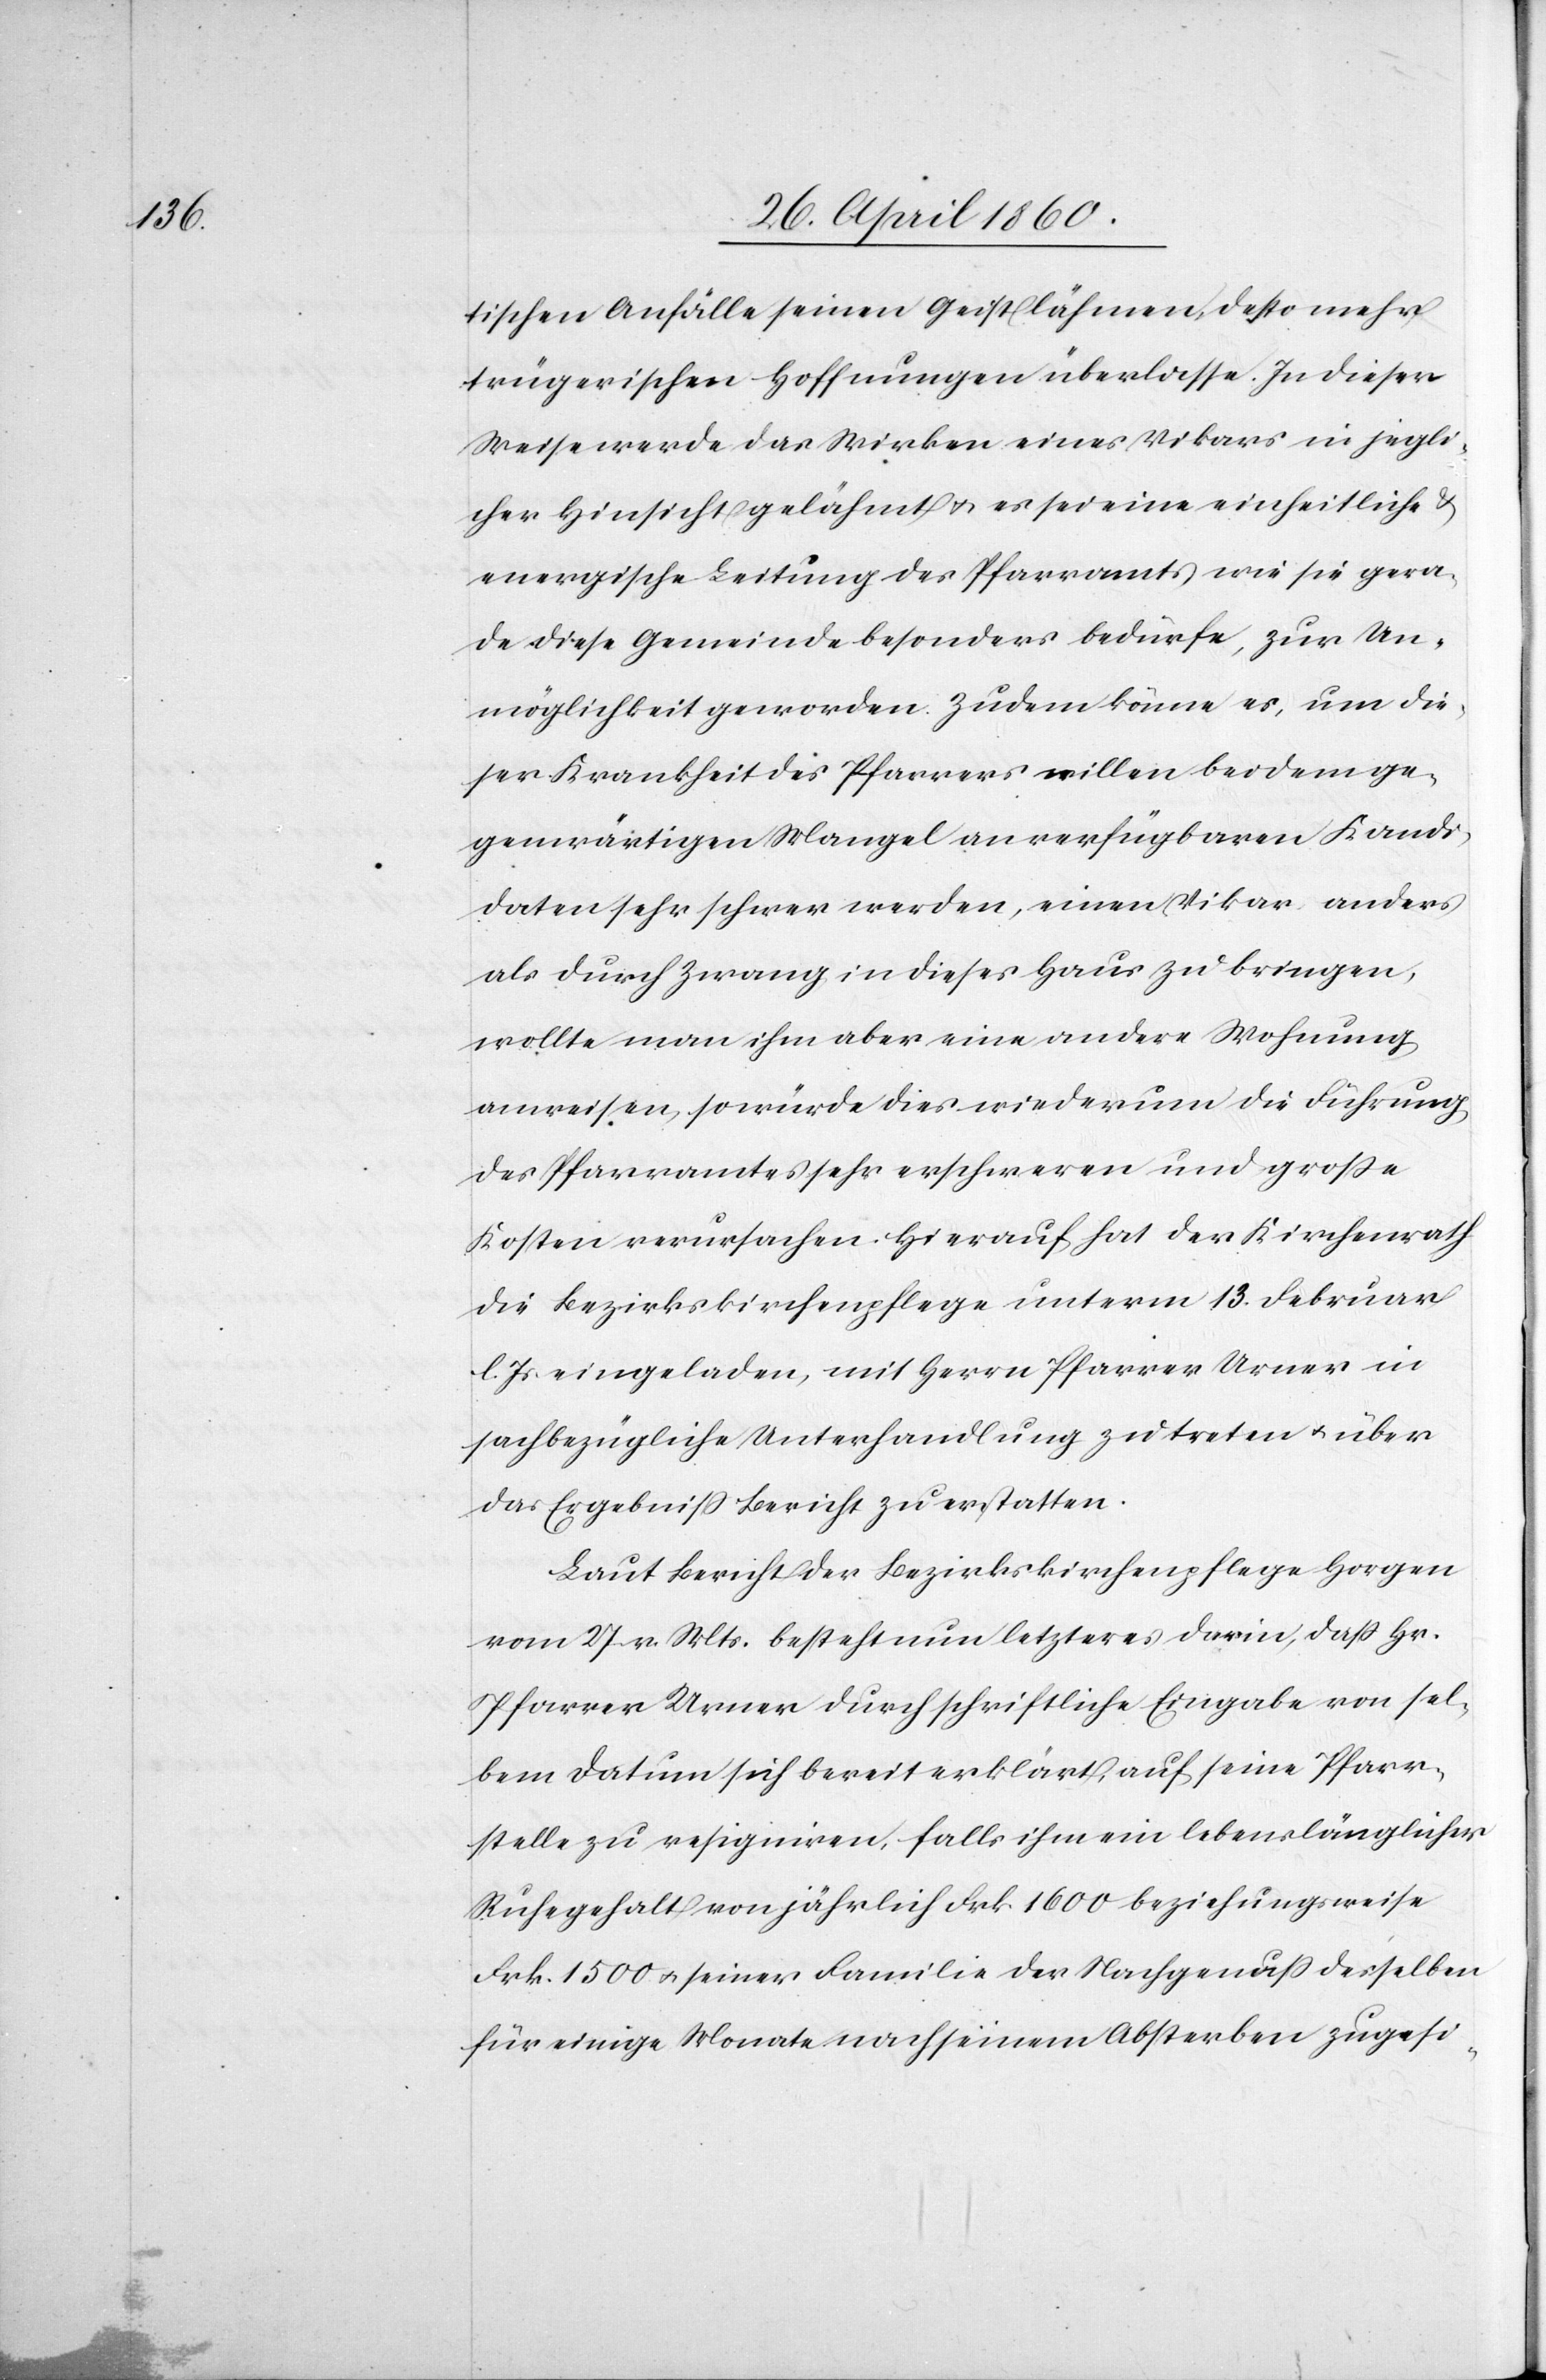
tischen Anfälle seinen Geist lähmen, desto mehr
trügerischen Hoffnungen überlasse. In dieser
Weise werde das Wirken eines Vikars in jegli¬
cher Hinsicht gelähmt u. es sei eine einheitliche u.
energische Leitung des Pfarramts wie sie gera¬
de diese Gemeinde besonders bedürfe, zur Un¬
möglichkeit geworden. Zudem könne es, um die¬
ser Krankheit des Pfarrers willen bei dem ge¬
genwärtigen Mangel an verfügbaren Kandi¬
daten sehr schwer werden, einen Vikar anders
als durch Zwang in dieses Haus zu bringen,
wollte man ihm aber eine andere Wohnung
anweisen, so würde dies wiederum die Führung
des Pfarramtes sehr erschweren und grosse
Kosten verursachen. Hierauf hat der Kirchenrath
die Bezirkskirchenpflege unterm 13. Februar
l. Js. eingeladen, mit Herrn Pfarrer Urner in
sachbezügliche Unterhandlung zu treten u. über
das Ergebniss Bericht zu erstatten.
Laut Bericht der Bezirkskirchenpflege Horgen
vom 27. v. Mts. besteht nun letzteres darin, daß Hr.
Pfarrer Urner durch schriftliche Eingabe von sel¬
bem Datum sich bereit erklärt, auf seine Pfarr¬
stelle zu resigniren, falls ihm ein lebenslänglicher
Ruhegehalt von jährlich Frk. 1600 beziehungsweise
Frk. 1500 u. seiner Familie der Nachgenuss desselben
für einige Monate nach seinem Absterben zugesi-